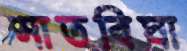
সাতবিঘা